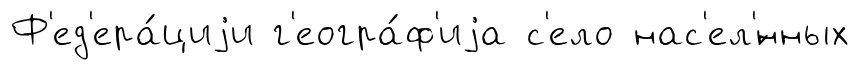
Ф'ед'ера́циjи г'еогра́ф'иjа с'ело нас'ел'́нных